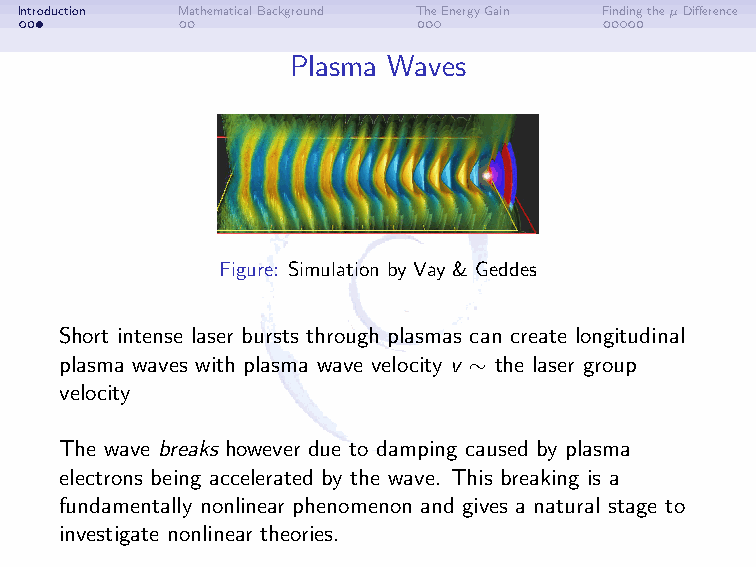
Introduction MathematicalBackground TheEnergyGain FindingtheµDifference
 Plasma Waves
 Figure: Simulation by Vay & Geddes
 Short intense laser bursts through plasmas can create longitudinal
 plasma waves with plasma wave velocity v ∼ the laser group
 velocity
 The wave breaks however due to damping caused by plasma
 electrons being accelerated by the wave. This breaking is a
 fundamentally nonlinear phenomenon and gives a natural stage to
 investigate nonlinear theories.